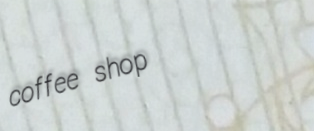
coffee shop